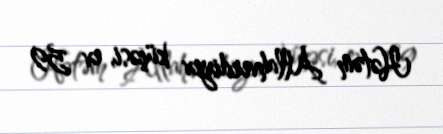
Hətəm Allahverdiyev küçəsi, ev 59